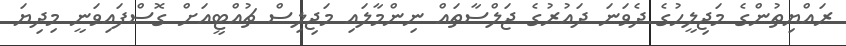
ރައްޔިތުންގެ މަޖިލީހުގެ ދެވަނަ ދައުރުގެ ޖަލްސާތައް ނިންމާލައި މަޖިލިސް ޗުއްޓީއަށް ގޮސްފައިވަނީ މިދިޔަ